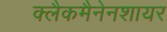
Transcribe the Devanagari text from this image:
क्लैकमैनेनशायर